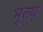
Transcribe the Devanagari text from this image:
भुलथ